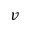
v